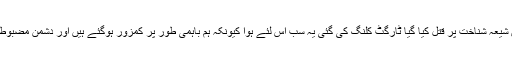
ہمیں شیعہ شناخت پر قتل کیا گیا ٹارگٹ کلنگ کی گئی یہ سب اس لئے ہوا کیونکہ ہم باہمی طور پر کمزور ہوگئے ہیں اور دشمن مضبوط ہوا۔